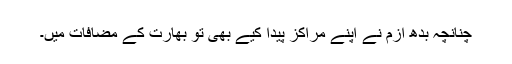
چنانچہ بدھ ازم نے اپنے مراکز پیدا کیے بھی تو بھارت کے مضافات میں۔